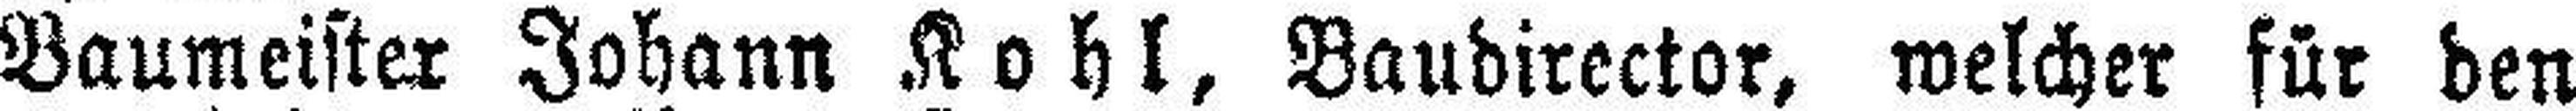
Baumeister Johann Kohl, Baudirector, welcher für den